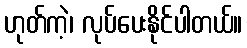
ဟုတ်ကဲ့၊ လုပ်ပေးနိုင်ပါတယ်။